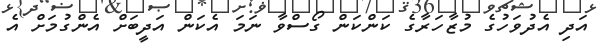
އަދި އެދުވަހުގެ މުޒާހަރާގެ ކަންކަން ގޯސްވާ ނަމަ އެކަން އަދީބަށް އެންގުމަށް އެ